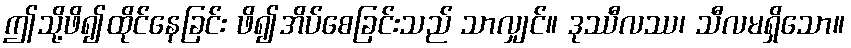
ဤသို့ဖိ၍ထိုင်နေခြင်း ဖိ၍အိပ်စေခြင်းသည် သာလျှင်။ ဒုဿီလဿ၊ သီလမရှိသော။